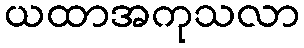
ယထာအကုသလာ